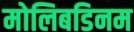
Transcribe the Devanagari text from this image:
मोलिबडिनम